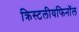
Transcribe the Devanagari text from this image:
क्रिस्टलीयफिनॉल